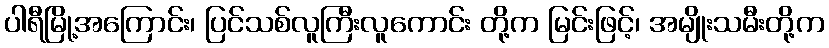
ပါရီမြို့အကြောင်း၊ ပြင်သစ်လူကြီးလူကောင်း တို့က မြင်းဖြင့်၊ အမျိုးသမီးတို့က